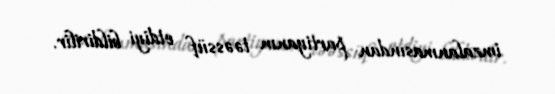
imzalanmasından partiyanın təəssüf etdiyi bildirilir.